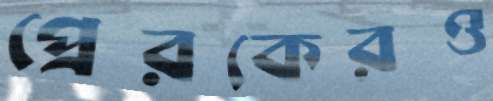
প্রেরকেরও